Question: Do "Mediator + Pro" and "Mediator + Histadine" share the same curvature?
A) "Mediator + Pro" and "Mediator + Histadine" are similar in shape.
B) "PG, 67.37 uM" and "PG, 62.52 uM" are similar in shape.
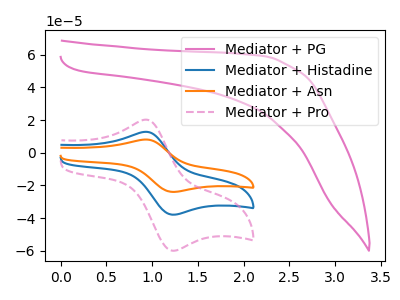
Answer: <think>The pink curve "Mediator + PG" has no peaks. The blue curve "Mediator + Histadine" has an anodic peak at (0.90V, 12.80uA) and a cathodic peak at (1.25V, -37.90uA). The orange curve "Mediator + Asn" has an anodic peak at (0.90V, 25.60uA) and a cathodic peak at (1.25V, -75.85uA). The pink dashed curve "Mediator + Pro" has an anodic peak at (0.90V, 20.25uA) and a cathodic peak at (1.25V, -59.95uA).
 All the peaks in "Mediator + Pro" have a peak in "Mediator + Histadine" at the same potential. Every peak in "Mediator + Pro" is higher than every peak in "Mediator + Histadine".</think>
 <answer>A) "Mediator + Pro" and "Mediator + Histadine" are similar in shape.</answer>
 <eval>A</eval>